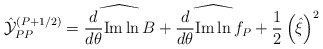
\begin{align*}\hat{\cal Y}_{PP}^{(P+1/2)}=\widehat{{d\over d\theta}\hbox{Im}\ln B}+ \widehat{{d\over d\theta}\hbox{Im}\ln f_P} + {1\over 2} \left(\hat{\xi}\right)^2 \end{align*}